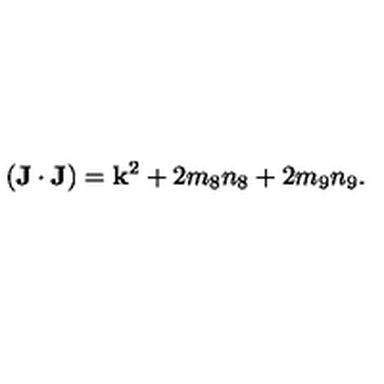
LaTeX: ( { \bf J } \cdot { \bf J } ) = { \bf k } ^ { 2 } + 2 m _ { 8 } n _ { 8 } + 2 m _ { 9 } n _ { 9 } .